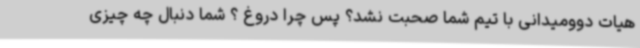
هیات دوومیدانی با تیم شما صحبت نشد؟ پس چرا دروغ ؟ شما دنبال چه چیزی